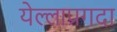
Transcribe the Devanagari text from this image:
येल्लाप्रगदा